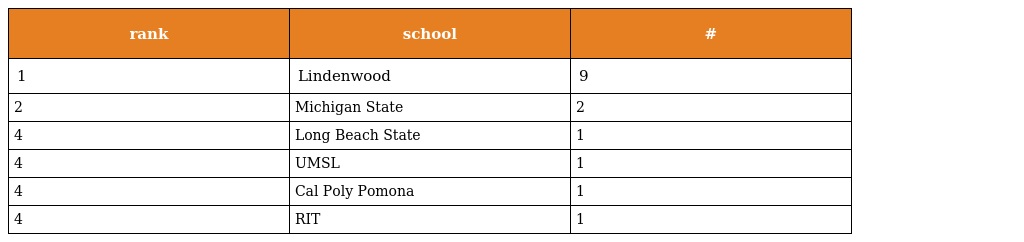
| rank | school | # |
 | --- | --- | --- |
 | 1 | Lindenwood | 9 |
 | 2 | Michigan State | 2 |
 | 4 | Long Beach State | 1 |
 | 4 | UMSL | 1 |
 | 4 | Cal Poly Pomona | 1 |
 | 4 | RIT | 1 |